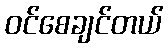
ဝင်စေချင်တယ်